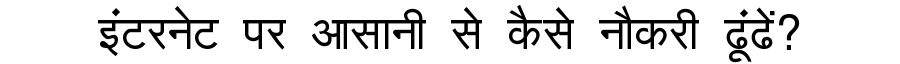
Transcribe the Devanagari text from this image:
इंटरनेट पर आसानी से कैसे नौकरी ढूंढें?